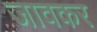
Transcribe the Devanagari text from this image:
जावकर